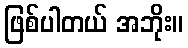
ဖြစ်ပါတယ် အဘိုး။